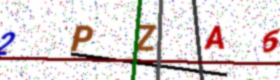
Text: 2PZA6